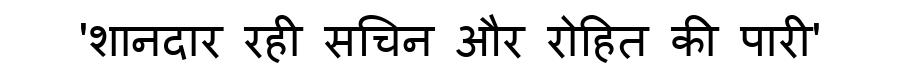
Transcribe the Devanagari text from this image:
'शानदार रही सचिन और रोहित की पारी'